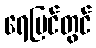
ရေပြင်တွင်